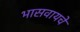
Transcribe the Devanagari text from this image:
भासवायचे